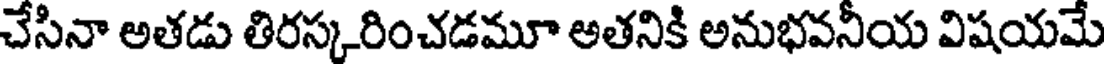
చేసినా అతడు తిరస్కరించడమూ అతనికి అనుభవనీయ విషయమే